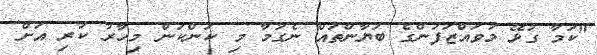
"ކަމާ ގުޅޭ މުވައްޒަފުންގެ ބަޔާންތައް ނެގުމާ މި ކަންކަން މިހާރު ކުރި އަށް